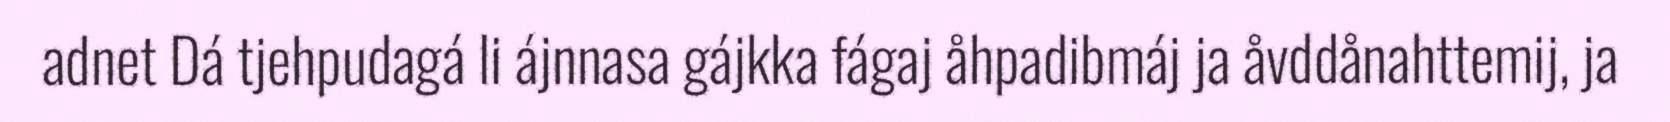
adnet Dá tjehpudagá li ájnnasa gájkka fágaj åhpadibmáj ja åvddånahttemij, ja